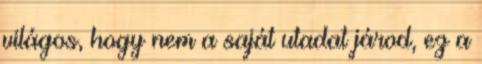
világos, hogy nem a saját utadat járod, ez a